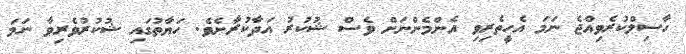
ހާސިލްކުރެވިއްޖެ ނަމަ އެހީތެރިވި އެންމެންނަށް ވެސް ޝުކުރު އަދާކުރާށެވެ. ހަޔާތުގައި ޝުކުރުވެރިވާ ނަމަ